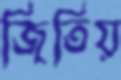
জিতিয়